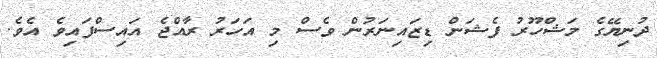
ދުނިޔޭގެ މަޝްހޫރު ފެޝަން ޑިޒައިނަރުން ވެސް މި އަހަރު ރާއްޖެ އައިސްފައިވެ އެވެ.